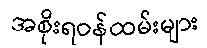
အစိုးရဝန်ထမ်းများ